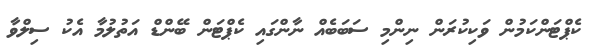
ކެޕްޓަންކަމުން ވަކިކުރަން ނިންމި ސަބަބެއް ނާންގައި ކެޕްޓަން ބޭންޑް އަތުލުމާ އެކު ސިލްވާ